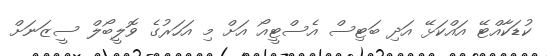
ކުޑަކާއްޓޭ އައްކަޅޭ އަދި ބަޓިސް އެސްޓީއޯ އަށް މި އަހަރުގެ ވޮލީބޯލް ސީޒަނަށް